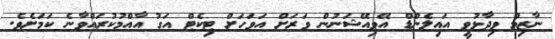
ނާޒިމް ވިދާޅުވީ އައިލެންޑް އޭވިއޭޝަނުން ވަރަށް އަވަހަށް ޓިކެޓް އަގު އާއްމުކުރައްވާނެ ކަމަށެވެ.